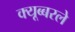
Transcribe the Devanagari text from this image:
क्यूब्बरले